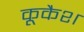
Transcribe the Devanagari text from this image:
कूकैश